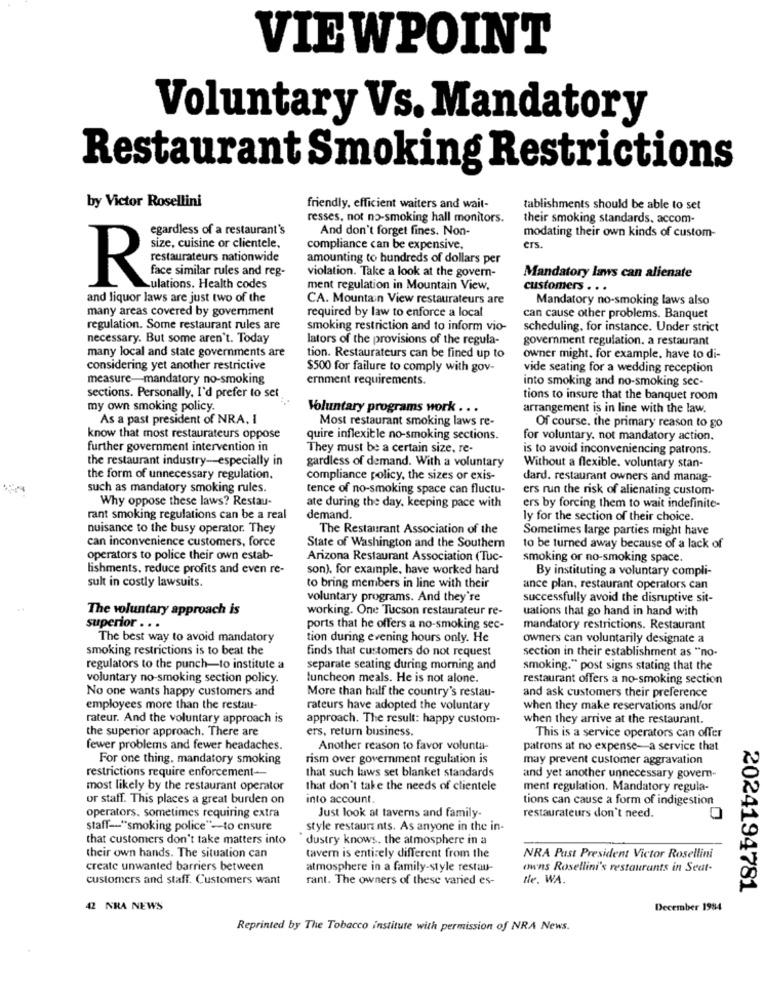
VIEWPOINT
Voluntary Vs. Mandatory
Restaurant Smoking Restrictions
by Victor Rosellini
friendly, efficient waiters and wait-
tablishments should be able to set
resses, not no-smoking hall monitors.
their smoking standards, accom-
egardless of a restaurant's
And don't forget fines. Non-
modating their own kinds of custom-
size, cuisine or clientele,
compliance can be expensive,
CTS.
restaurateurs nationwide
amounting to hundreds of dollars per
face similar rules and reg-
violation. Take a look at the govern-
Mandatory laws can alienate
R
ulations. Health codes
ment regulation in Mountain View,
customers . . .
and liquor laws are just two of the
CA. Mountain View restaurateurs are
Mandatory no-smoking laws also
many areas covered by government
required by law to enforce a local
can cause other problems. Banquet
regulation. Some restaurant rules are
smoking restriction and to inform vio-
scheduling, for instance. Under strict
necessary. But some aren't. Today
lators of the provisions of the regula-
government regulation. a restaurant
many local and state governments are
tion. Restaurateurs can be fined up to
owner might. for example, have to di-
considering yet another restrictive
$500 for failure to comply with gov-
vide seating for a wedding reception
measure-mandatory no-smoking
ernment requirements.
into smoking and no-smoking sec-
sections. Personally, I'd prefer to set
tions to insure that the banquet room
my own smoking policy.
Voluntary programs work . . .
arrangement is in line with the law,
As a past president of NRA. I
Most restaurant smoking laws re-
Of course, the primary reason to go
know that most restaurateurs oppose
quire inflexitle no-smoking sections.
for voluntary. not mandatory action.
further government intervention in
They must be a certain size, re-
is to avoid inconveniencing patrons.
the restaurant industry -- especially in
gardless of demand. With a voluntary
Without a flexible. voluntary stan-
the form of unnecessary regulation.
compliance policy, the sizes or exis-
dard. restaurant owners and manag-
such as mandatory smoking rules.
tence of no-smoking space can fluctu-
ers run the risk of alienating custom-
Why oppose these laws? Restau-
ate during the day, keeping pace with
ers by forcing them to wait indefinite-
rant smoking regulations can be a real
demand.
ly for the section of their choice.
nuisance to the busy operator. They
The Restaurant Association of the
Sometimes large parties might have
can inconvenience customers, force
State of Washington and the Southern
to be turned away because of a lack of
operators to police their own estab-
Arizona Restaurant Association (Tuc-
smoking or no-smoking space.
lishments, reduce profits and even re-
son). for example, have worked hard
By instituting a voluntary compli-
sult in costly lawsuits.
to bring members in line with their
ance plan, restaurant operators can
voluntary programs. And they're
successfully avoid the disruptive sit-
The voluntary approach is
working. One Tucson restaurateur re-
uations that go hand in hand with
superior . . .
ports that he offers a no-smoking sec-
mandatory restrictions. Restaurant
The best way to avoid mandatory
tion during evening hours only. He
owners can voluntarily designate a
smoking restrictions is to beat the
finds that customers do not request
section in their establishment as "no-
regulators to the punch-to institute a
separate seating during morning and
smoking." post signs stating that the
voluntary no-smoking section policy.
luncheon meals. He is not alone.
restaurant offers a no-smoking section
No one wants happy customers and
More than half the country's restau-
and ask customers their preference
employees more than the restau-
rateurs have adopted the voluntary
when they make reservations and/or
rateur. And the voluntary approach is
approach. The result: happy custom-
when they arrive at the restaurant.
the superior approach. There are
ers, return business.
This is a service operators can offer
fewer problems and fewer headaches.
Another reason to favor volunta-
patrons at no expense-a service that
For one thing, mandatory smoking
rism over goverment regulation is
may prevent customer aggravation
restrictions require enforcement-
that such laws set blanket standards
and yet another unnecessary govern-
most likely by the restaurant operator
that don't take the needs of clientele
ment regulation. Mandatory regula-
or staff. This places a great burden on
into account.
tions can cause a form of indigestion
operators, sometimes requiring extra
Just look at taverns and family-
restaurateurs don't need.
staff-"smoking police"-to ensure
style restaurants. As anyone in the in-
that customers don't take matters into
dustry knows. the atmosphere in a
their own hands. The situation can
tavern is entirely different from the
NRA Past President Victor Rosellini
create unwanted barriers between
atmosphere in a family-style restau-
owns Rosellini's restaurants in Seat-
customers and staff. Customers want
rant. The owners of these varied es-
te. WA.
2024194781
42 NRA NEWS
December 1984
Reprinted by The Tobacco institute with permission of NRA News.